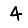
Digit: 4